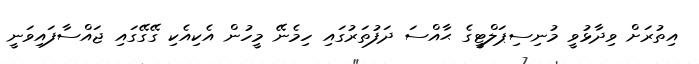
އިތުރަށް ވިދާޅުވީ މުނިސިޕަލްޓީގެ ޙާއްސަ ދަފުތަރުގައި ހިމެނޭ މީހުން އެކިއެކި ގޭގޭގައި ޖައްސާފައިވަނީ